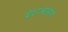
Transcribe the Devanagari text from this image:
देशाबाहेरचे